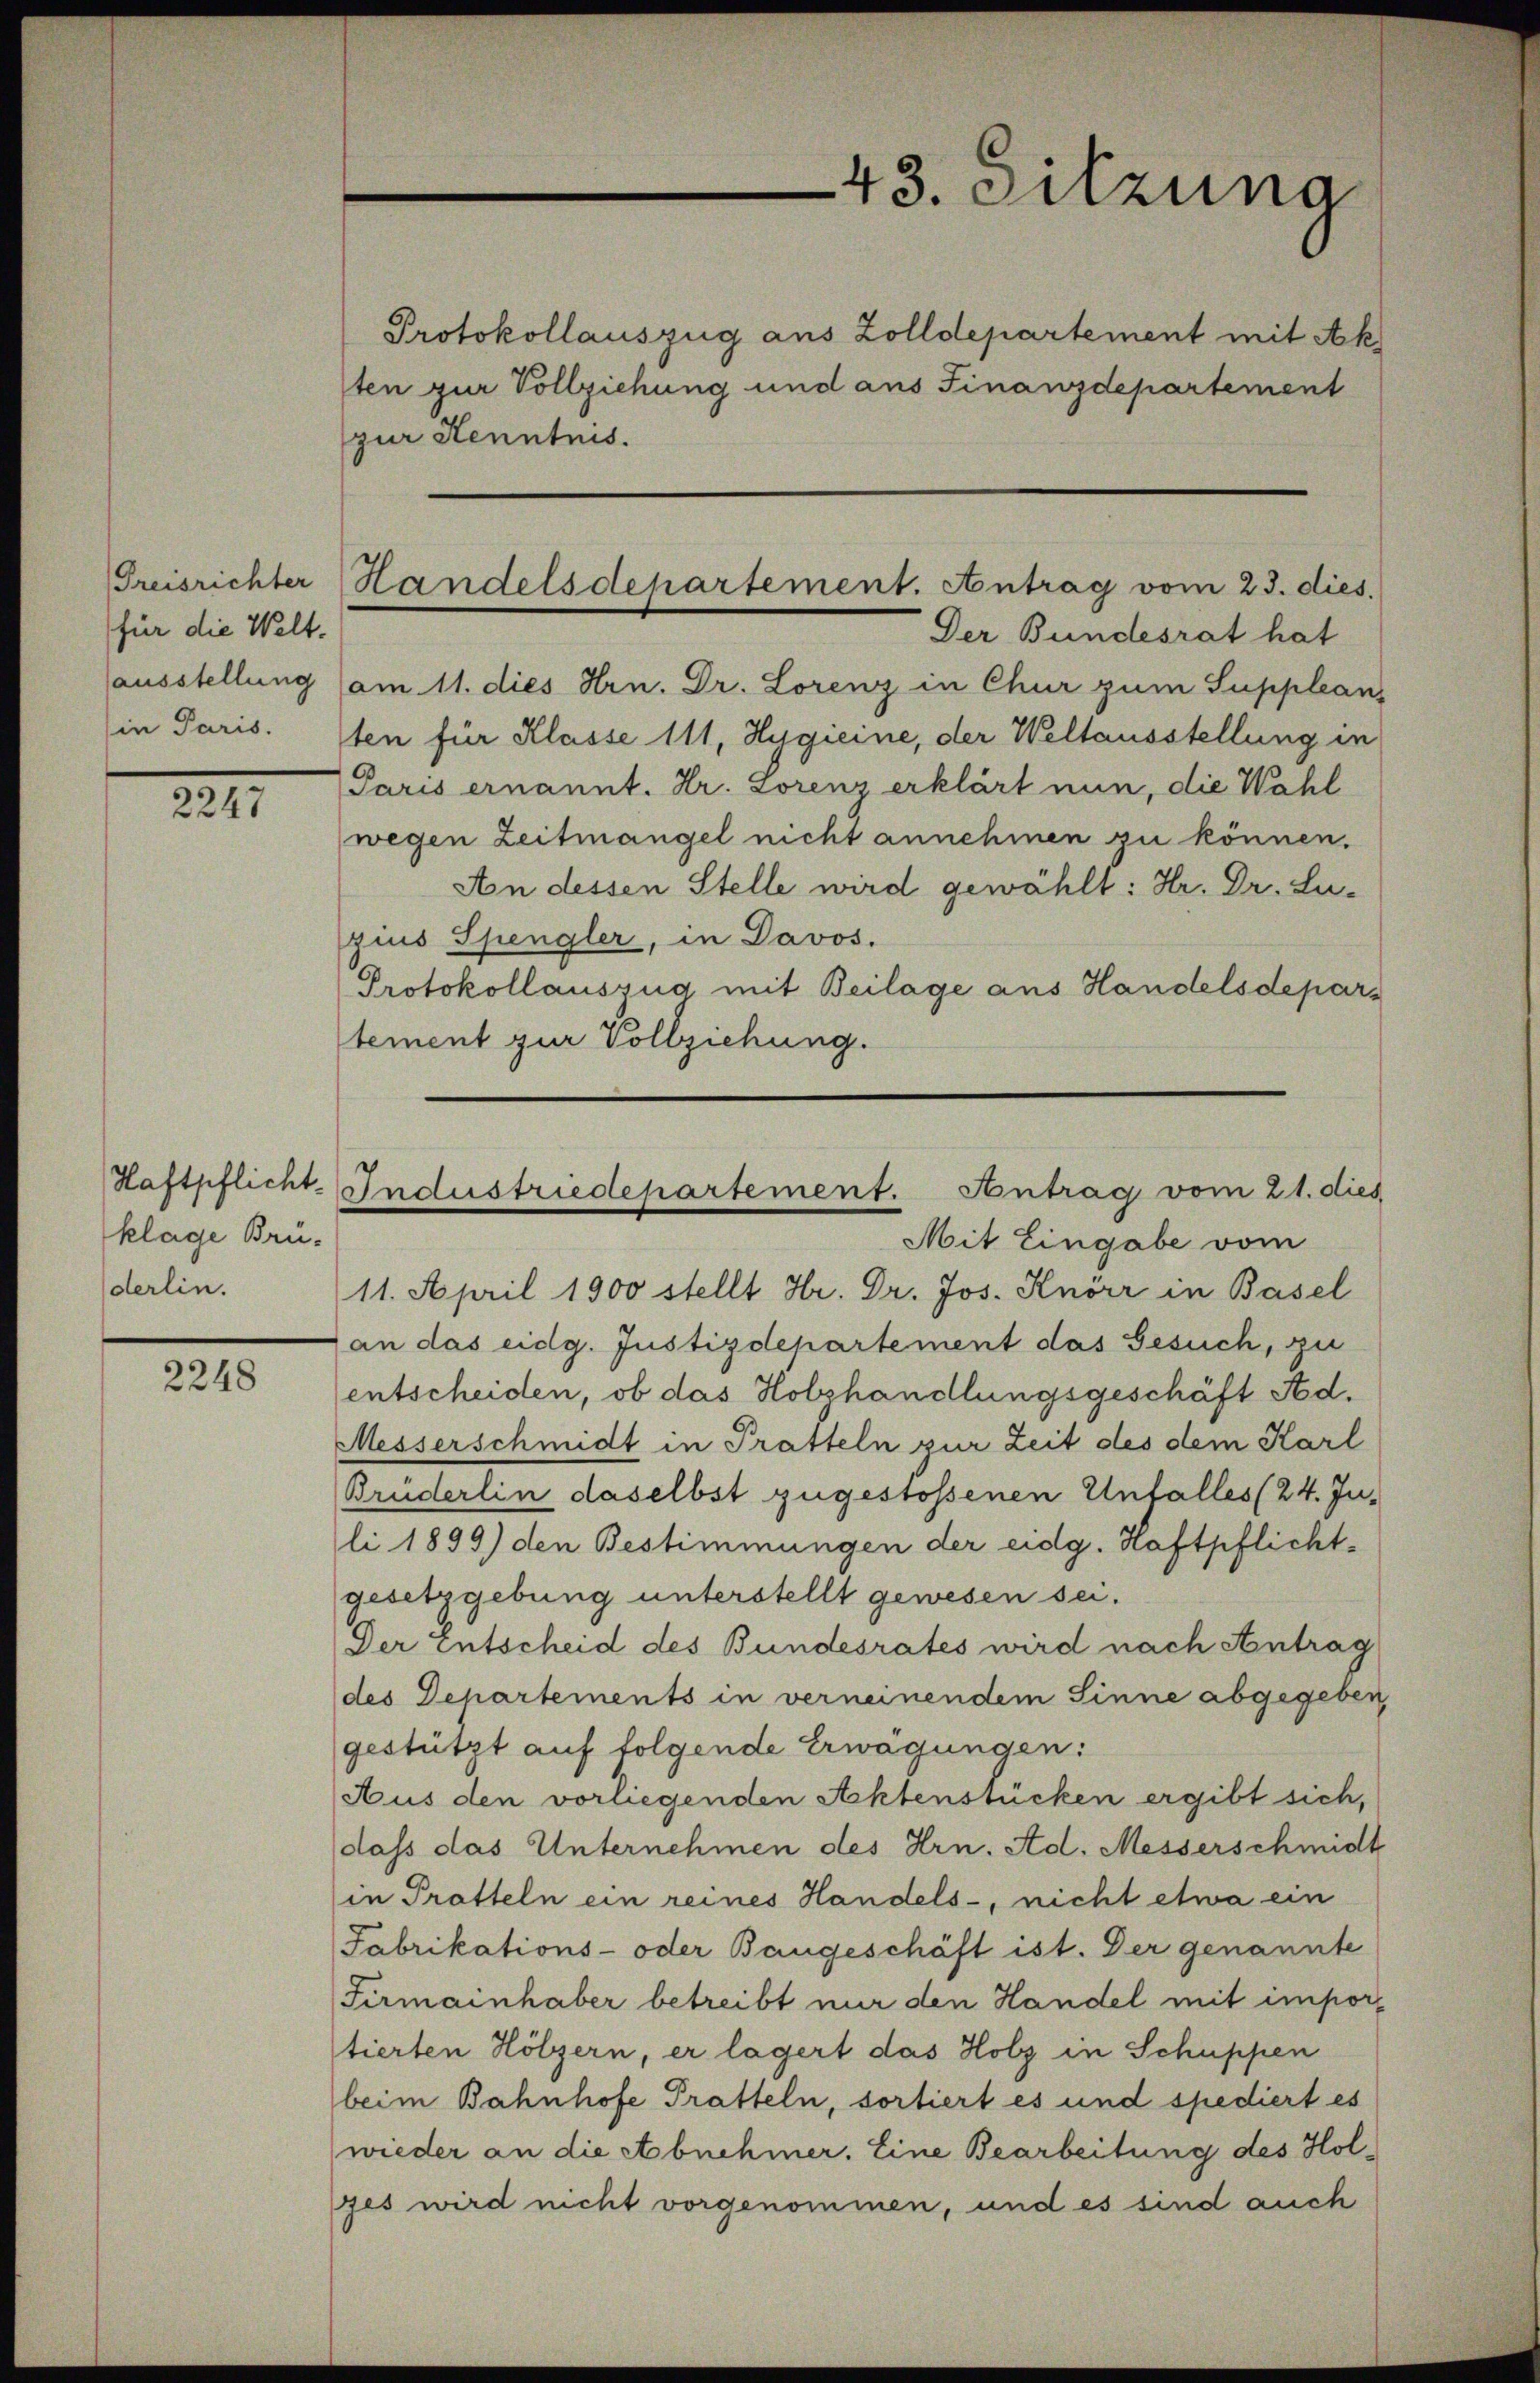
für die Welt.
in Paris.

221

Haftpflicht.
klage Brüderlin.

2248

Der Bundesrat hat
ausstellung (am 11. dies Hrn. Dr. Lorenz in Chur zum Suppleans
ten für Klasse 111, Hygieine, der Weltausstellung in
Paris ernannt. Dr. Lorenz erklärt nun, die Wahl
wegen Zeitmangel nicht annehmen zu können.
An dessen Stelle wird gewählt: Hr. Dr. Lu-
zius Spengler, in Davos.
Protokollauszug mit Beilage aus Handelsdepartement zur Vollziehung.

43. Sitzung

Protokollauszug aus Zolldepartement mit Ak
sten zur Vollziehung und aus Finanzdepartement
zur Kenntnis.

Preisrichter Handelsdepartement. Antrag vom 23. dies.

Mit Eingabe vom
11. April 1900 stellt Hr. Dr. Jos. Knörr in Basel
an das eidg. Justizdepartement das Gesuch, zu
entscheiden, ob das Holzhandlungsgeschäft Ad.
Messerschmidt in Pratteln zur Zeit des dem Karl
Bruderlin daselbst zugestossenen Unfalles (24. In-
li 1899) den Bestimmungen der eidg. Haftpflichtgesetzgebung unterstellt gewesen sei.
Der Entscheid des Bundesrates wird nach Antrag
des Departements in verneinendem Sinne abgegeben,
gestützt auf folgende Erwägungen:
Aus den vorliegenden Aktenstücken ergibt sich,
dass das Unternehmen des Hrn. Ad. Messerschmidt
in Protteln ein reines Handels-, nicht etwa ein
Fabrikations- oder Baugeschäft ist. Der genannte
Firmainhaber betreibt nur den Handel mit impor-
tierten Hölzern, er lagert das Holz in Schuppen
beim Bahnhofe Pratteln, sortiert es und spediert es
wieder an die Abnehmer. Eine Bearbeitung des Holges wird nicht vorgenommen, und es sind auch

Industriedepartement. Antrag vom 21. dies